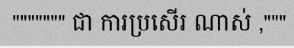
""""""" ជា ការប្រសើរ ណាស់ ,"""